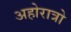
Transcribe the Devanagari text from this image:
अहोरात्रो